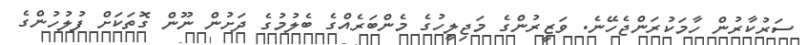
ސަރުކާރުން ހާމަކުރަންޖެހޭނެ. ވަޒީރުންގެ މަޖިލީހުގެ މެންބަރެއްގެ ބެލުމުގެ ދަށުން ނޫން ގޮތަކަށް ފުލުހުންގެ